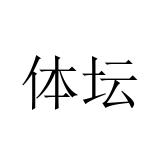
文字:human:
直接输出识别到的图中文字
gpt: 体坛